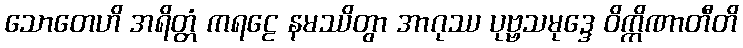
သောတေဟိ အရိတ္တံ ကရဠေ နမဿိတွာ အာဂုဿ ပုဗ္ဗသမုဒ္ဒေ ဝိက္ကိဏာတီတိ